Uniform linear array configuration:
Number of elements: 64
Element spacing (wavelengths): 1
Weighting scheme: cosine
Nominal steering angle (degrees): -30
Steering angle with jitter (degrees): -31.61
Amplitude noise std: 0.05
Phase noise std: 0.05

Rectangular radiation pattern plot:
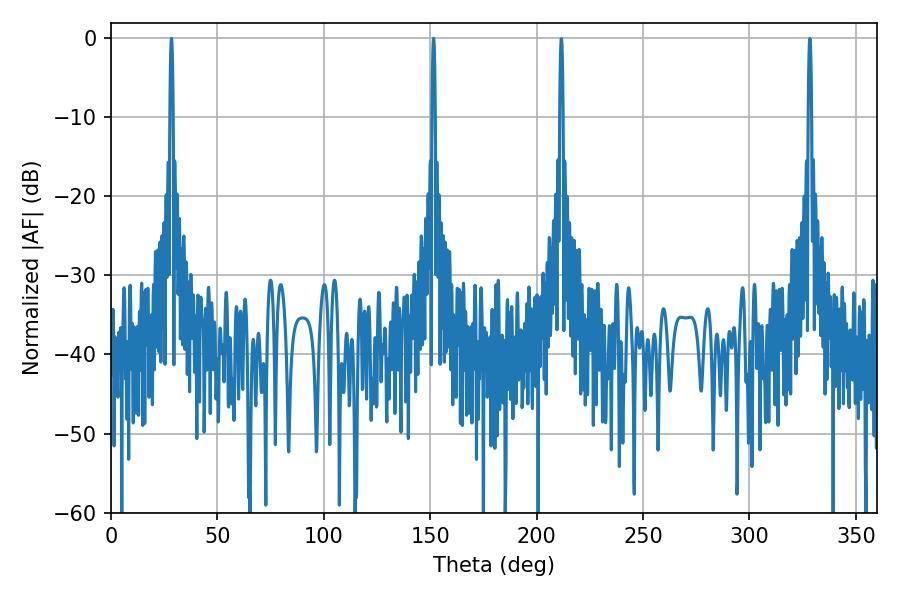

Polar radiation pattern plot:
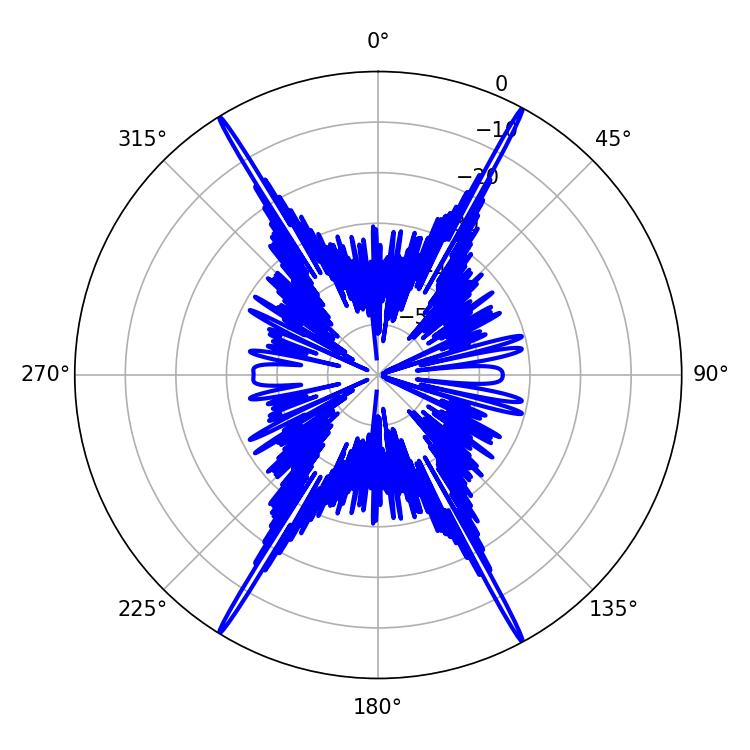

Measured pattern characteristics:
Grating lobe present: TRUE
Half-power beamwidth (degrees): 0.72
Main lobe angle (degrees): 151.56